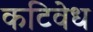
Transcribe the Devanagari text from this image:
कटिवेध